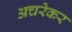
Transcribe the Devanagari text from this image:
अचरेकर